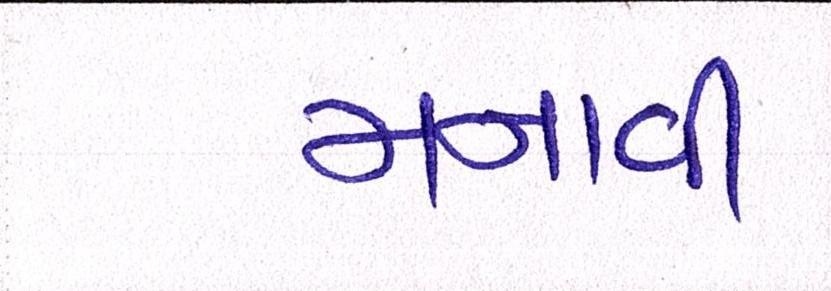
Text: મનાવી